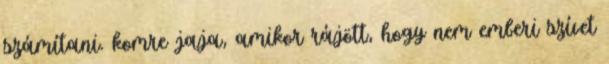
számítani. komre jaja, amikor rájött, hogy nem emberi szívet